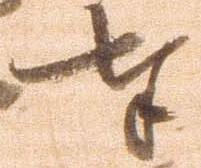
奉